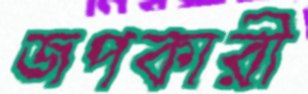
জপকারী